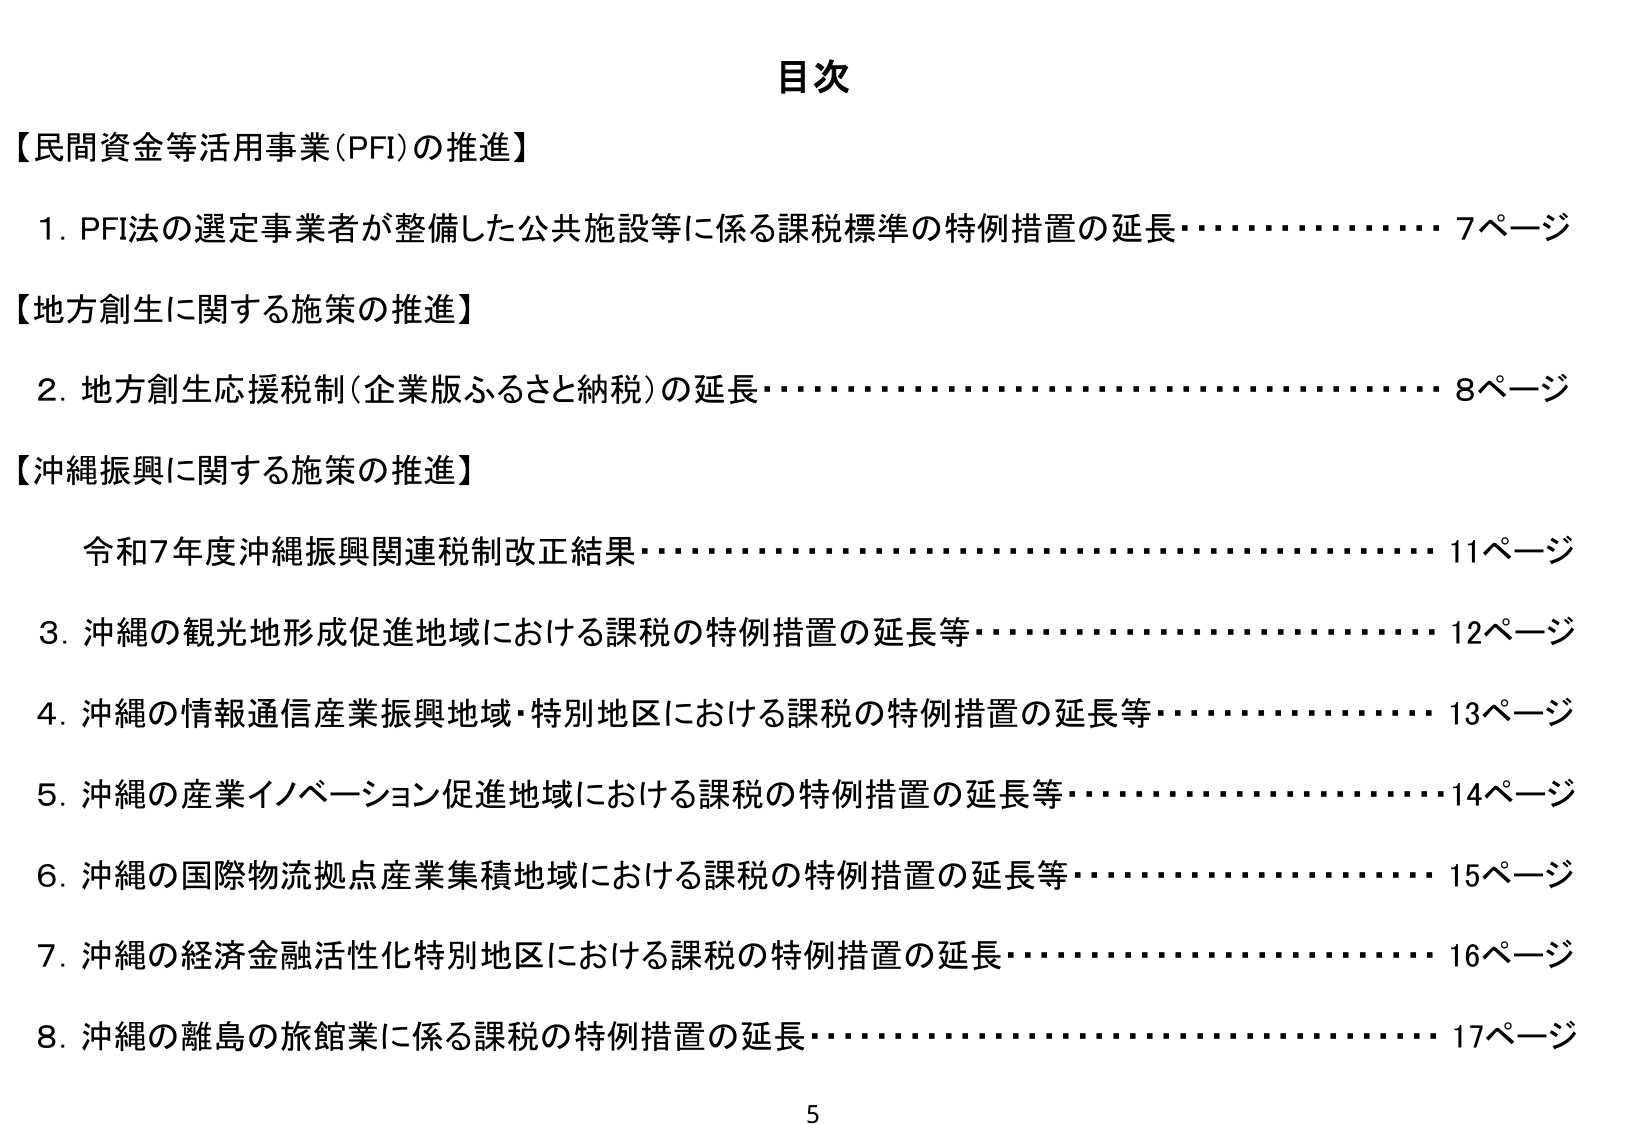
目次

【民間資金等活用事業（PFI）の推進】

1. PFI法の選定事業者が整備した公共施設等に係る課税標準の特例措置の延長・・・・・・・・・・・・・・・・・・・・・・7ページ

【地方創生に関する施策の推進】

2. 地方創生応援税制（企業版ふるさと納税）の延長・・・・・・・・・・・・・・・・・・・・・・・・・・・・・・・・・・・・8ページ

【沖縄振興に関する施策の推進】

令和7年度沖縄振興関連税制改正結果・・・・・・・・・・・・・・・・・・・・・・・・・・・・・・・・・・・・・・・・・・・・11ページ

3. 沖縄の観光地形成促進地域における課税の特例措置の延長等・・・・・・・・・・・・・・・・・・・・・・・・12ページ

4. 沖縄の情報通信産業振興地域・特別地区における課税の特例措置の延長等・・・・・・・・・・・・13ページ

5. 沖縄の産業イノベーション促進地域における課税の特例措置の延長等・・・・・・・・・・・・・・14ページ

6. 沖縄の国際物流拠点産業集積地域における課税の特例措置の延長等・・・・・・・・・・・・・・15ページ

7. 沖縄の経済金融活性化特別地区における課税の特例措置の延長・・・・・・・・・・・・・・・・・・16ページ

8. 沖縄の離島の旅館業に係る課税の特例措置の延長・・・・・・・・・・・・・・・・・・・・・・・・・・・・・・17ページ

5